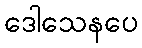
ဒေါသေနပေ